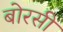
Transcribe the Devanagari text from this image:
बोरसी